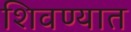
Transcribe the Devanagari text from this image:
शिवण्यात